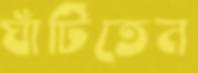
ঘাঁটিতেন